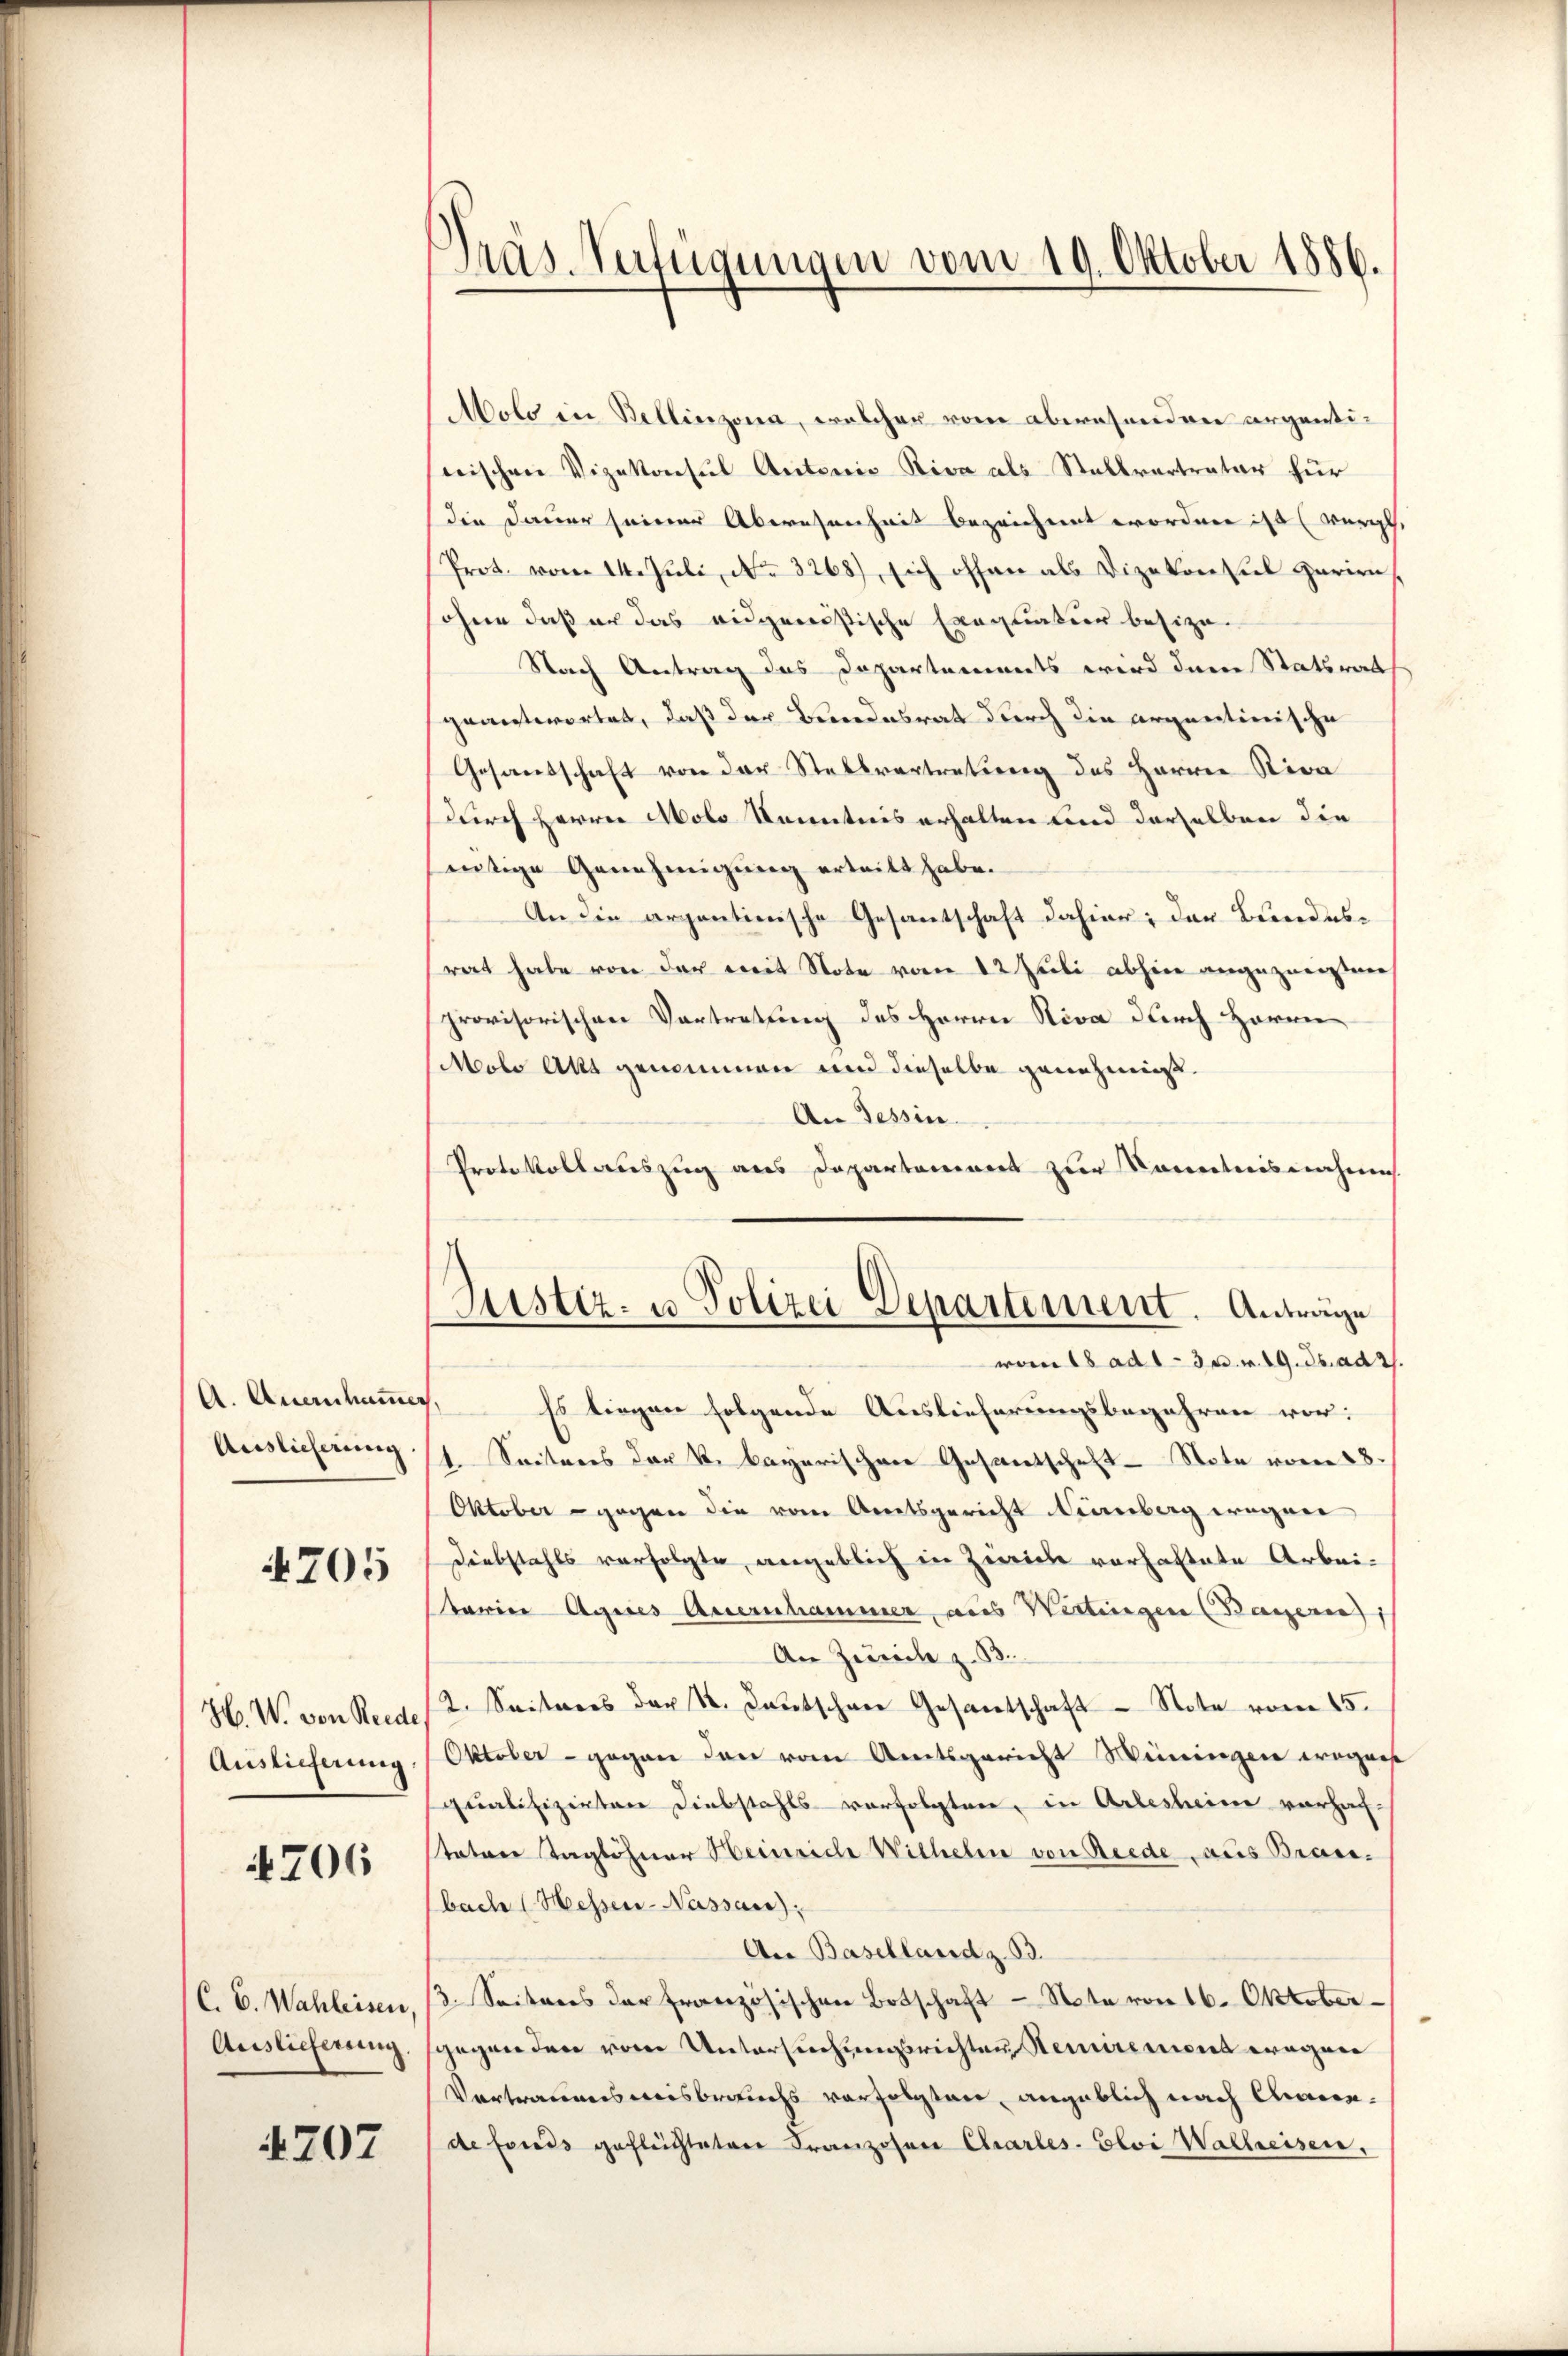
A. Aneinhammer,
Auslieferung,

4705

H. W. von Riede
Auslieferung

4706

C. C. Wahleisen
Auslieferung

4707

Pras. Verfügungen vom 19. Oktober 1886.

Aolo in Bellinzona, welcher vom abwesenden argentiwischen Vizekonsul Antonio Riva als Stallvertrator für
die Dauer seiner Abwesenheit bezeichnet worden ist (würgt,
Prot. vom 14. Jŭli No 3268), sich offen als Vizekonsul Harien,
sohne daß er das eidgenößische Exequatuor besize¬
Nach Antrag des Departements wird dann Statsrat
geantwortet, daß der Bundesrath durch die argentinische
Gesandschaft von der Stellvertretung des Herren Riva
durch Herrn Molo Kenntnis erhalten und derselben die
eutige Genehmigung ertritt habe.
An die arzantinische Gesantschaft dahier; der Bundesrat habe von der weit Note vom 12 Juli abhin angezeigten
provisorischen Vortretung des Herrn Stiva durch Horne
Molo Akt genommen und dieselbe genehmigt.
An Tessin.
Protokollauszug aus Departement zur Kenntnisnahme

Justiz- u Polizei Departement. Anträge
von 18 ad 1. 30. v. 19. ds. ad 2.

Es liegen folgende Auslieferungsbegehren vor:
1. Seitens der k. bayerischen Gesantschaft Note vom 28.
Oktober gegen die vom Amtsgericht anberg wegen
Diebstahls verfolgte, angeblich in Zürich verhaftete Arbeiterier Agnes Auernhammer, aus Wirtingen (Bayern),
An Zürich z. B.
2. Seiteres der N. Kautschen Gesantschaft Note vom 15.
Oktober - gegen den vom Amtsgericht Weiningen wegense
qualifizirten Diebstahls verfolgten, in Arlesheime vorhac-
tater Taglöhner Heinriche Wilhelm von Riede aus Branbach (Messen-Nassau);
An Baselland z. B.
/3. Seiteres der französischen Botschaft - Note von 16. Oktobergegenden vom Untersuchungsrichten Kemnirement wegen
Vortrauensweisbrauchs verfolgten, angeblich nach Cande fonds geflechteten Franzosen Charles. Eloi Walleisen,